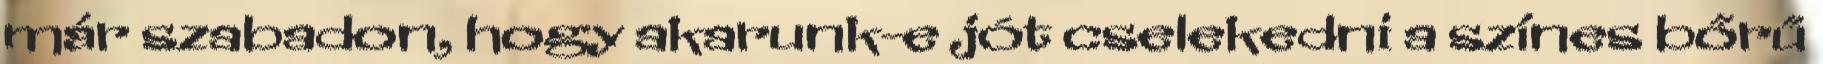
már szabadon, hogy akarunk-e jót cselekedni a színes bőrű